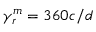
\gamma _ { r } ^ { m } = 3 6 0 c / d